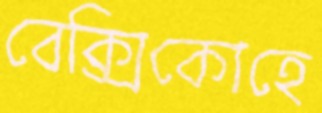
বেক্সিকোহে